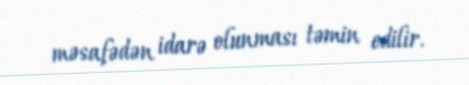
məsafədən idarə olunması təmin edilir.